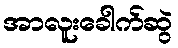
အာလူးခေါက်ဆွဲ